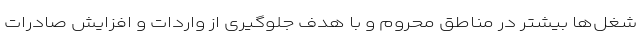
شغل‌ها بیشتر در مناطق محروم و با هدف جلوگیری از واردات و افزایش صادرات